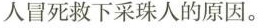
冒死救下采珠人的原因。